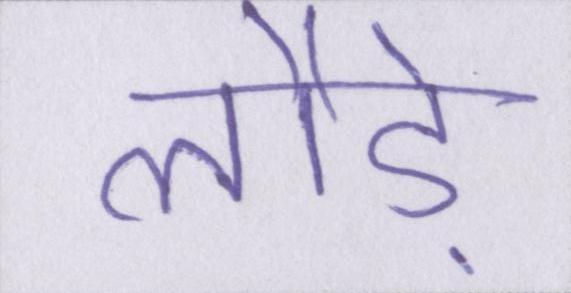
लौड़े